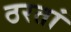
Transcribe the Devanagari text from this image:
ठरतां